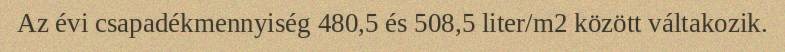
Az évi csapadékmennyiség 480,5 és 508,5 liter/m2 között váltakozik.